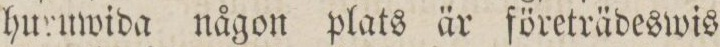
hurmvida någon plats är företrädeswis